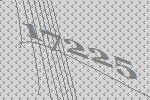
17225